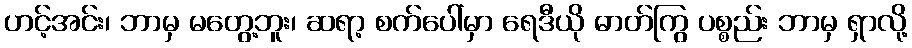
ဟင့်အင်း၊ ဘာမှ မတွေ့ဘူး၊ ဆရာ့ စက်ပေါ်မှာ ရေဒီယို ဓာတ်ကြွ ပစ္စည်း ဘာမှ ရှာလို့